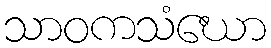
သာဝကသံဃော